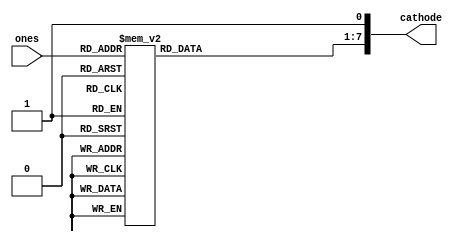
module SSD(


	input [3:0] ones,
	output [7:0] cathode
	);
	
	reg [6:0] sseg_temp;
	//reg [3:0] an_temp = 4'b1110;
	always@ (*)
	begin
		case(ones)
			4'd0 : sseg_temp = 7'b0000001;
			4'd1 : sseg_temp = 7'b1001111;
			4'd2 : sseg_temp = 7'b0010010;
			4'd3 : sseg_temp = 7'b0000110;
			4'd4 : sseg_temp = 7'b1001100;
			4'd5 : sseg_temp = 7'b0100100;
			4'd6 : sseg_temp = 7'b0100000;
			4'd7 : sseg_temp = 7'b0001111;
			4'd8 : sseg_temp = 7'b0000000;
			4'd9 : sseg_temp = 7'b0000100;
			default : sseg_temp = 7'b1111110;
		endcase;
	end
	

	assign cathode = {sseg_temp, 1'b1};
	//assign anode = an_temp;
endmodule